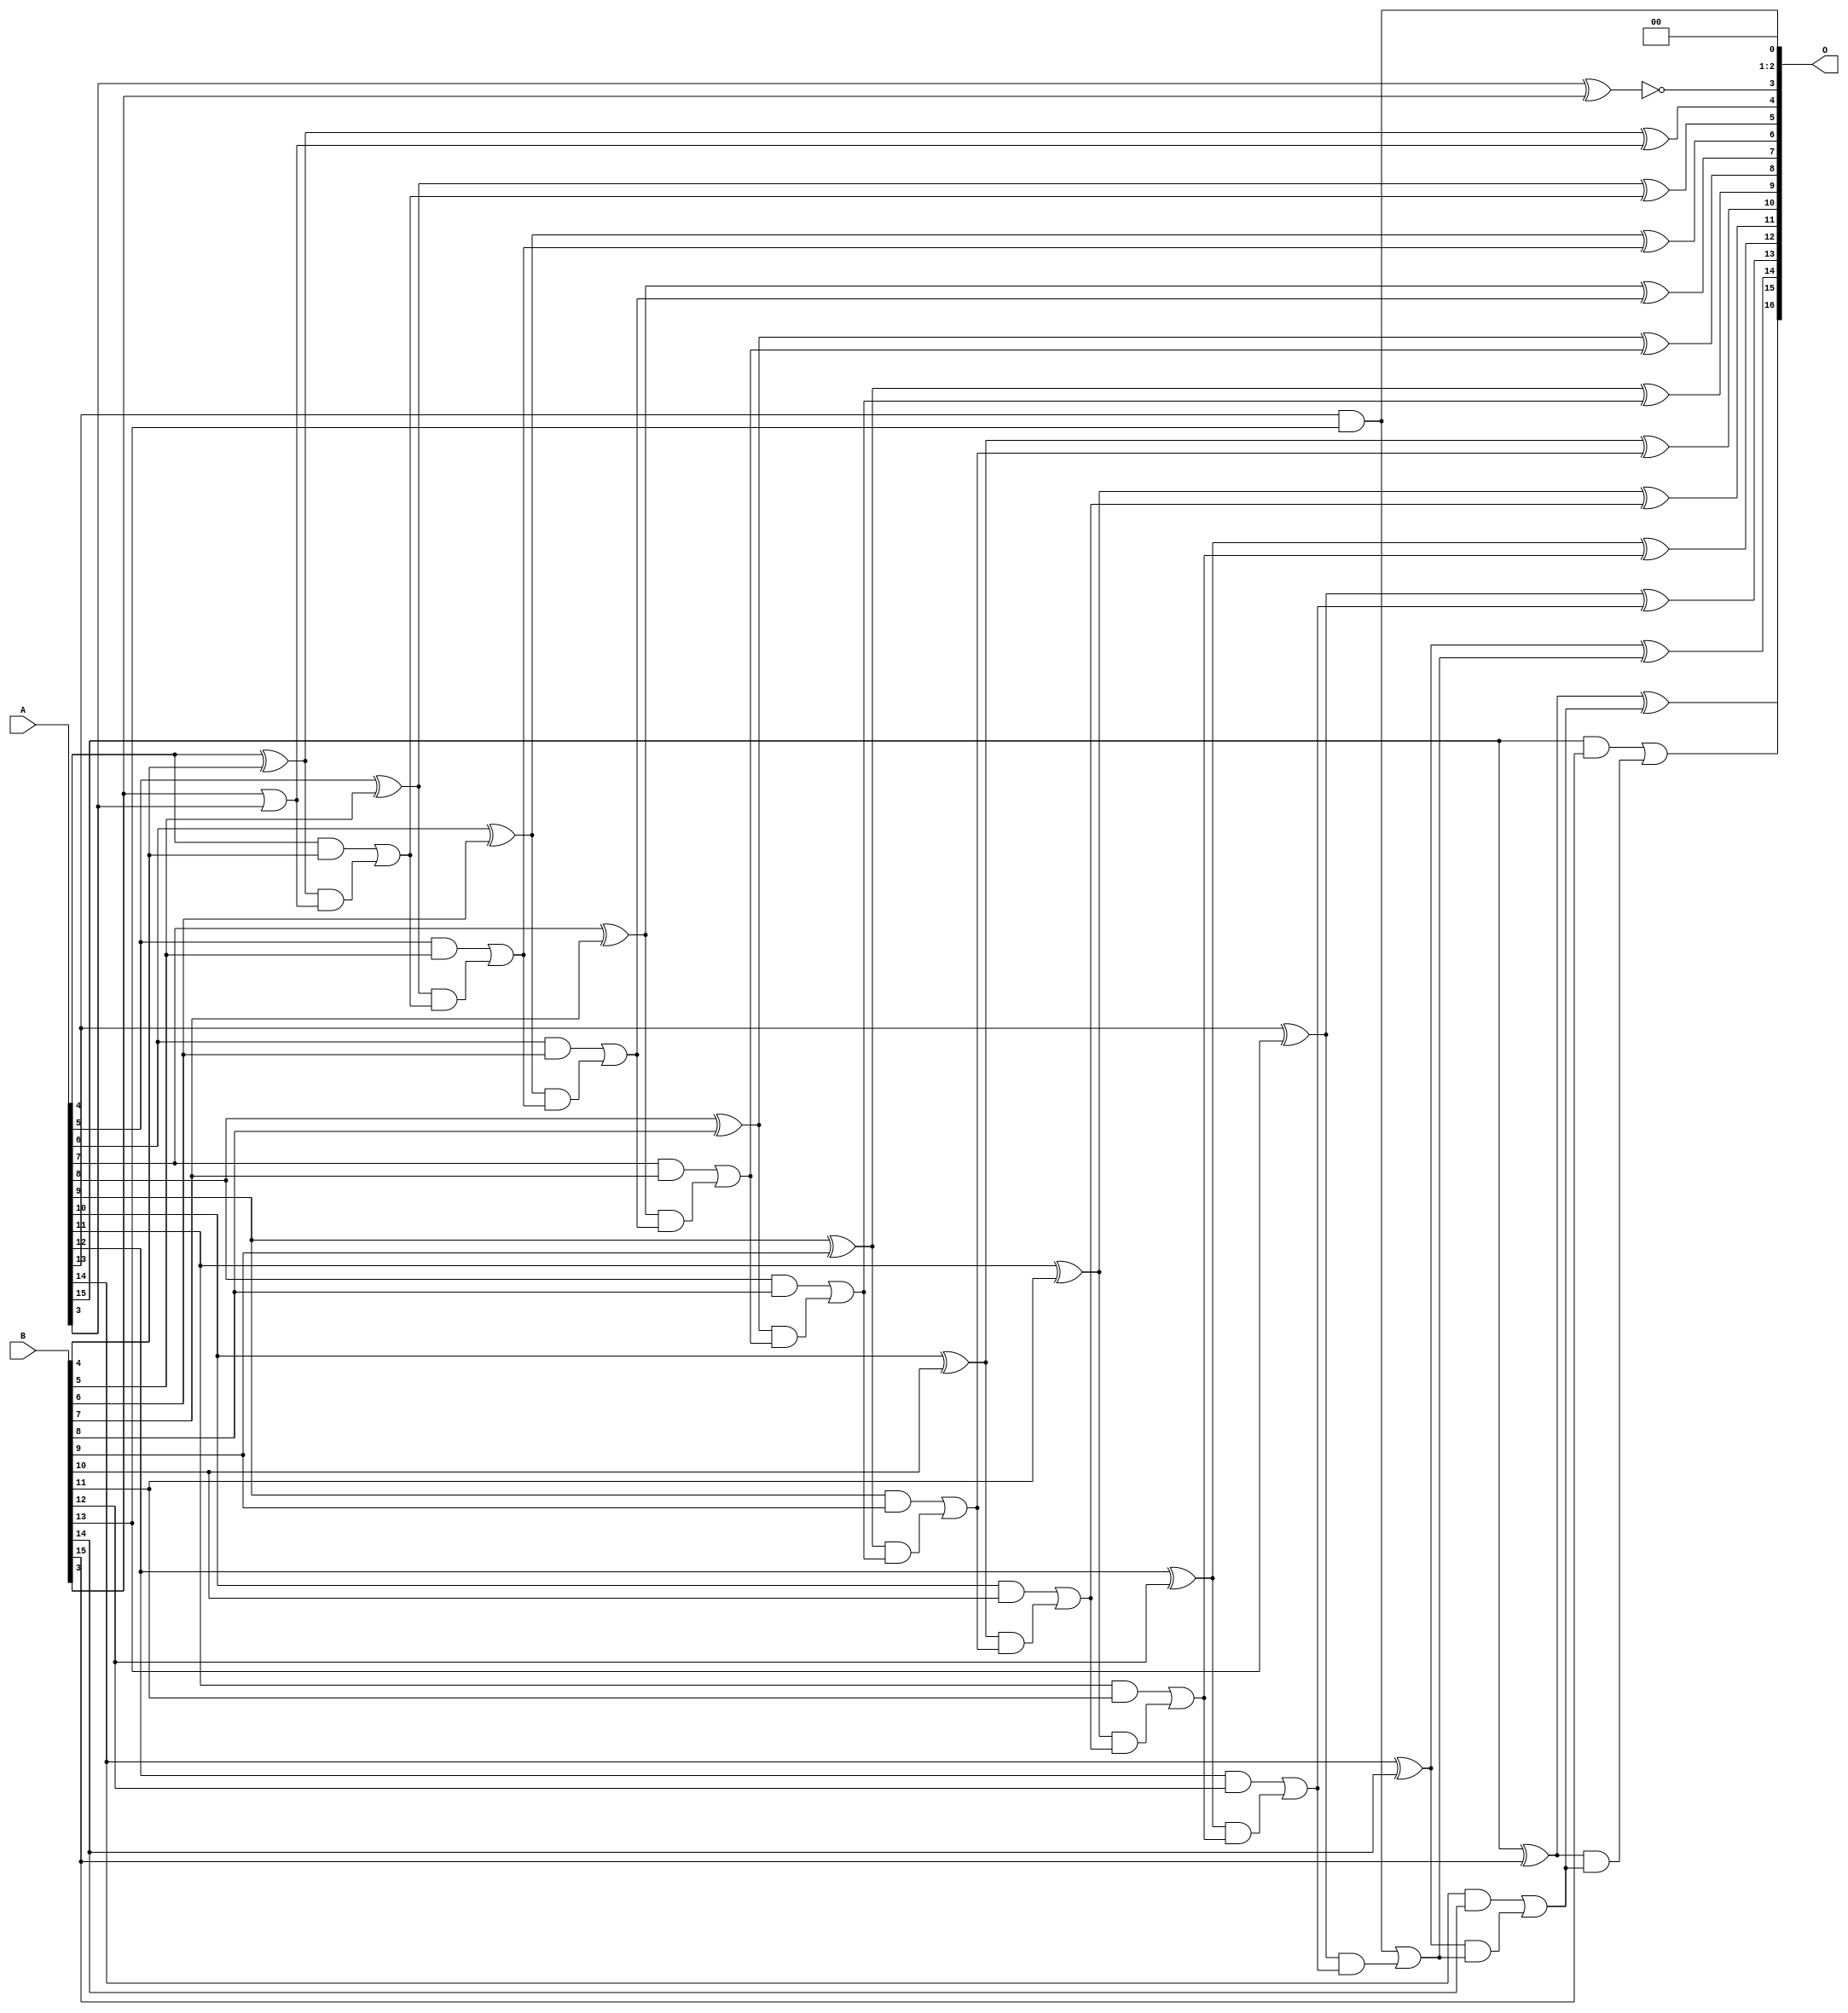
/***
* This code is a part of EvoApproxLib library (ehw.fit.vutbr.cz/approxlib) distributed under The MIT License.
* When used, please cite the following article(s): PRABAKARAN B. S., MRAZEK V., VASICEK Z., SEKANINA L., SHAFIQUE M. ApproxFPGAs: Embracing ASIC-based Approximate Arithmetic Components for FPGA-Based Systems. DAC 2020. 
***/
// MAE% = 0.0021 %
// MAE = 2.8 
// WCE% = 0.0069 %
// WCE = 9.0 
// WCRE% = 700.00 %
// EP% = 89.45 %
// MRE% = 0.006 %
// MSE = 12 
// FPGA_POWER = 0.47
// FPGA_DELAY = 8.7
// FPGA_LUT = 21


module add16u_0P5(A, B, O);
  input [15:0] A, B;
  output [16:0] O;
  wire sig_44, sig_48, sig_49, sig_50, sig_51, sig_53;
  wire sig_54, sig_55, sig_56, sig_58, sig_59, sig_60;
  wire sig_61, sig_63, sig_64, sig_65, sig_66, sig_68;
  wire sig_69, sig_70, sig_71, sig_73, sig_74, sig_75;
  wire sig_76, sig_78, sig_79, sig_80, sig_81, sig_83;
  wire sig_84, sig_85, sig_86, sig_88, sig_89, sig_90;
  wire sig_91, sig_93, sig_94, sig_96, sig_98, sig_99;
  wire sig_100, sig_101, sig_103, sig_104, sig_105, sig_106;
  assign sig_44 = A[3] ^ B[3];
  assign O[1] = 1'b0;
  assign O[3] = !sig_44;
  assign sig_48 = B[3] | A[3];
  assign sig_49 = A[4] ^ B[4];
  assign sig_50 = A[4] & B[4];
  assign sig_51 = sig_49 & sig_48;
  assign O[4] = sig_49 ^ sig_48;
  assign sig_53 = sig_50 | sig_51;
  assign sig_54 = A[5] ^ B[5];
  assign sig_55 = A[5] & B[5];
  assign sig_56 = sig_54 & sig_53;
  assign O[5] = sig_54 ^ sig_53;
  assign sig_58 = sig_55 | sig_56;
  assign sig_59 = A[6] ^ B[6];
  assign sig_60 = A[6] & B[6];
  assign sig_61 = sig_59 & sig_58;
  assign O[6] = sig_59 ^ sig_58;
  assign sig_63 = sig_60 | sig_61;
  assign sig_64 = A[7] ^ B[7];
  assign sig_65 = A[7] & B[7];
  assign sig_66 = sig_64 & sig_63;
  assign O[7] = sig_64 ^ sig_63;
  assign sig_68 = sig_65 | sig_66;
  assign sig_69 = A[8] ^ B[8];
  assign sig_70 = A[8] & B[8];
  assign sig_71 = sig_69 & sig_68;
  assign O[8] = sig_69 ^ sig_68;
  assign sig_73 = sig_70 | sig_71;
  assign sig_74 = A[9] ^ B[9];
  assign sig_75 = A[9] & B[9];
  assign sig_76 = sig_74 & sig_73;
  assign O[9] = sig_74 ^ sig_73;
  assign sig_78 = sig_75 | sig_76;
  assign sig_79 = A[10] ^ B[10];
  assign sig_80 = A[10] & B[10];
  assign sig_81 = sig_79 & sig_78;
  assign O[10] = sig_79 ^ sig_78;
  assign sig_83 = sig_80 | sig_81;
  assign sig_84 = A[11] ^ B[11];
  assign sig_85 = A[11] & B[11];
  assign sig_86 = sig_84 & sig_83;
  assign O[11] = sig_84 ^ sig_83;
  assign sig_88 = sig_85 | sig_86;
  assign sig_89 = A[12] ^ B[12];
  assign sig_90 = A[12] & B[12];
  assign sig_91 = sig_89 & sig_88;
  assign O[12] = sig_89 ^ sig_88;
  assign sig_93 = sig_90 | sig_91;
  assign sig_94 = A[13] ^ B[13];
  assign O[0] = A[13] & B[13];
  assign sig_96 = sig_94 & sig_93;
  assign O[13] = sig_94 ^ sig_93;
  assign sig_98 = O[0] | sig_96;
  assign sig_99 = A[14] ^ B[14];
  assign sig_100 = A[14] & B[14];
  assign sig_101 = sig_99 & sig_98;
  assign O[14] = sig_99 ^ sig_98;
  assign sig_103 = sig_100 | sig_101;
  assign sig_104 = A[15] ^ B[15];
  assign sig_105 = A[15] & B[15];
  assign sig_106 = sig_104 & sig_103;
  assign O[15] = sig_104 ^ sig_103;
  assign O[16] = sig_105 | sig_106;
  assign O[2] = O[1];
endmodule